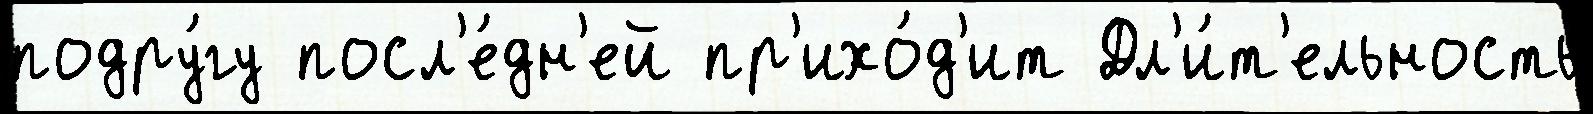
подру́гу посл'е́дн'ей пр'ихо́д'ит Дл'и́т'ельность